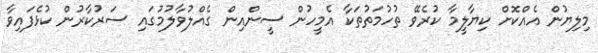
މިލިޔުން އެއްކޮށް ކިޔާލީމާ ކުރެވޭ ތުހުމަތުތަކާ އެމީހުން ސީންއިން ގެއްލުވާލުމުގައި ސަރުކާރުން ކުޅެފައިވާ